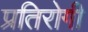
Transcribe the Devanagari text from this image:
प्रतिरोगी